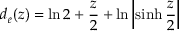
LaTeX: d _ { e } ( z ) = \ln 2 + { \frac { z } { 2 } } + \ln \left| \sinh { \frac { z } { 2 } } \right|